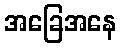
အခြေအနေ